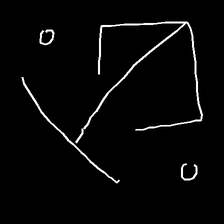
Glyph: earth